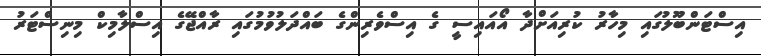
އިސްޓަންބޫލުގައި މިހާރު ކުރިއަށްދާ އޯއައިސީ ގެ އިސްވެރިންގެ ބައްދަލުވުމުގައި ރާއްޖޭގެ އިސްލާމިކް މިނިސްޓަރު